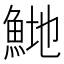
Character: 𬵍